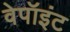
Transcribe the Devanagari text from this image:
वेपॉइंट